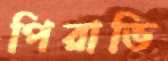
পিরাভি